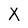
Character: X